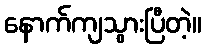
နောက်ကျသွားပြီတဲ့။